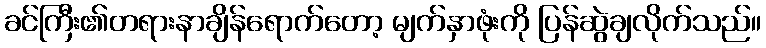
ခင်ကြီး၏တရားနာချိန်ရောက်တော့ မျက်နှာဖုံးကို ပြန်ဆွဲချလိုက်သည်။